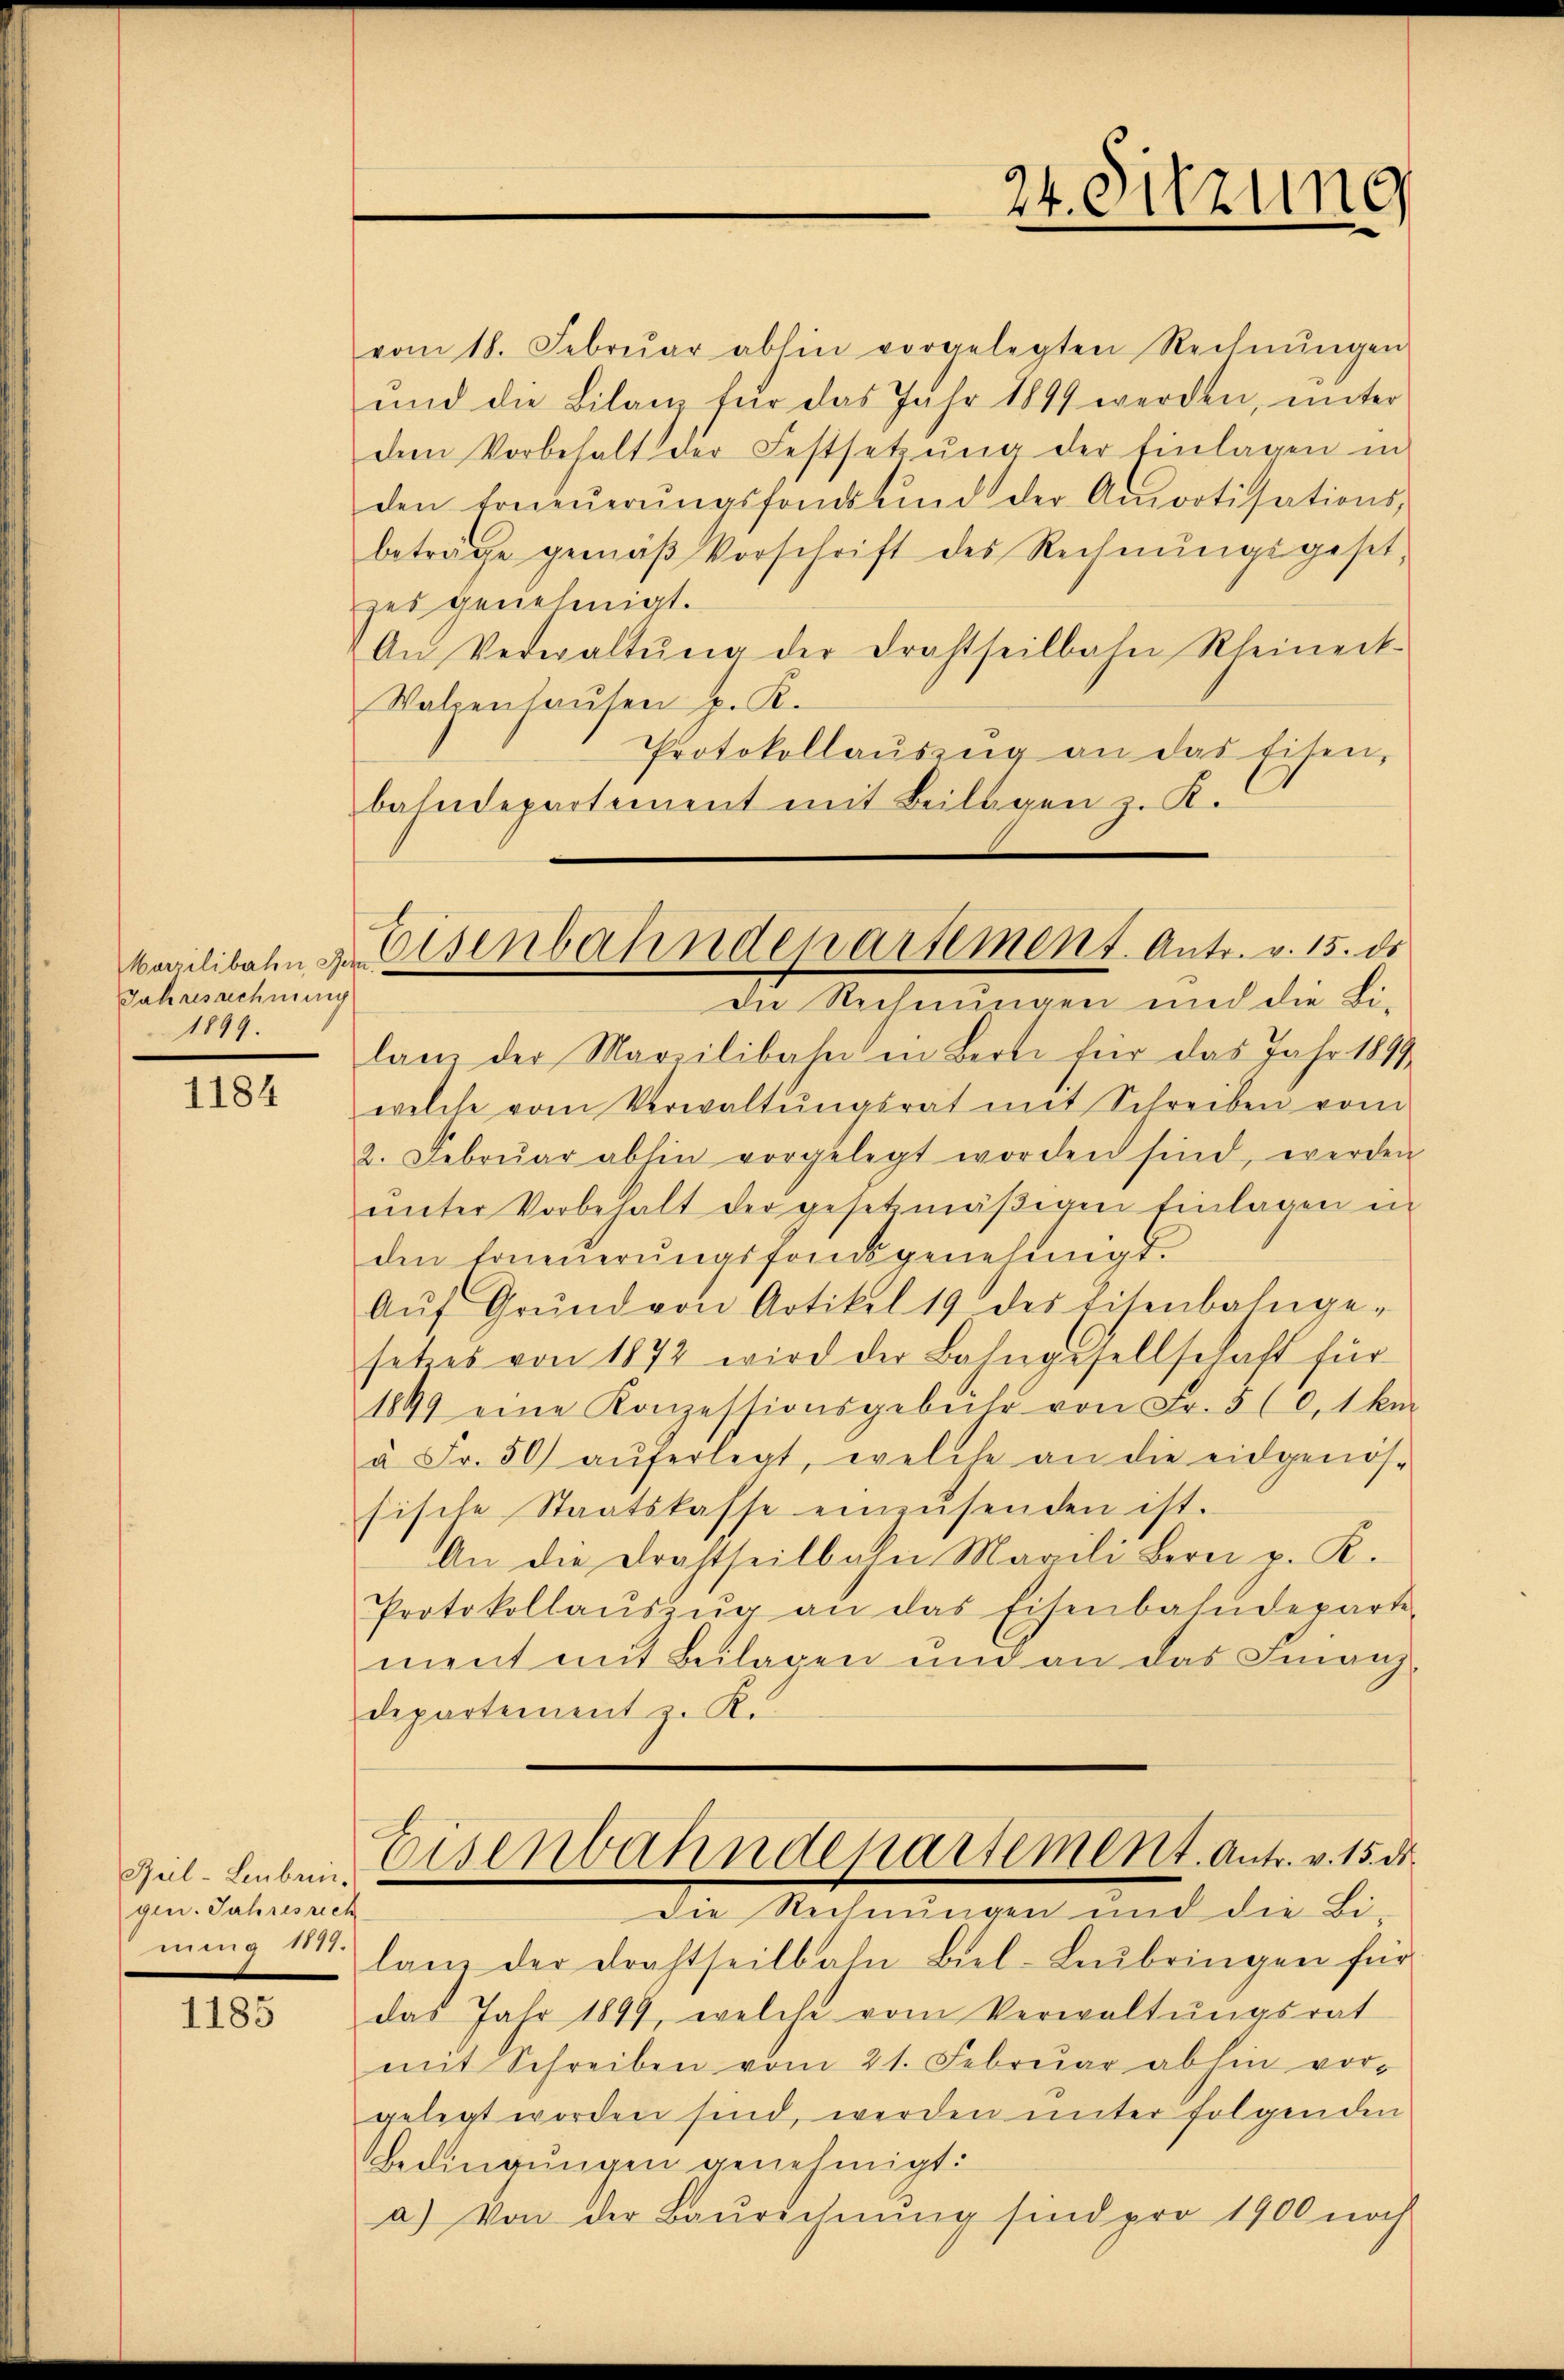
Jahresrechnung
1899.

1184

Ruil-Leubringen. Jahresrech
nung 114.

1185

vom 18. Febrŭar abhin vorgelegten Rechnŭngen
und die Bilanz für das Jahr 1899 werden, unter
dem Vorbehalt der Festsetzŭng der Einlagen in
den Erneŭerŭngsfonds und der Amortisations-
beträge gemäβ Vorschrift des Rechnŭngsgeset
zes genehmigt.
An Verwaltŭng der Drahtseilbahn Rheineck-
Walzenhaŭsen p. K.
Protokollaŭszŭg an das Eisen,
bahndepartement mit Beilagen z. K.
die Rechnungen und die Li-
lan der Marzilibahn in Berte für das Jahr 1899
welche vom Verwaltŭngsrat mit Schreiben vom
2. Febrŭar abhin vorgelegt worden sind, werden
unter Vorbehalt der gesetzmäβigen Einlagen in
den Erneuerungsfondsgenehmigt.
Aŭf Grŭnd von Artikel 19 des Eisenbahnge-
setzes von 1872 wird der Bahngesellschaft für
1899 eine Konzessionsgebühr von Fr. 5 (0,1 km
à Fr. 50 aŭferlegt, welche an die eidgenös-
sische Staatskasse einzŭsenden ist.
An die Drahtseitbahn Marili Bern p. K.
Protokollaŭszŭg an das Eisenbahndeparte-
ment mit Beilagen und an das Finanz-
departement z. R.
Eisenbahndeparsement. Antr. v. 15. ds.
Die Rechnungen und die Bi-
lan der Drahtseilbahn Biel-Leŭbringen für
das Jahr 1899, welche vom Verwaltŭngsrat
mit Schreiben vom 21. Febrŭar abhin vor-
gelegt worden sind, werden unter folgenden
Bedingungen genehmigt:
a) Von der Baŭrechnŭng sind pro 1900 noch

24. Sitzung

Marzilibalen der Eisenbahndepartement. Antr. v. 15. ds.